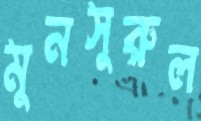
মুনসুরুল